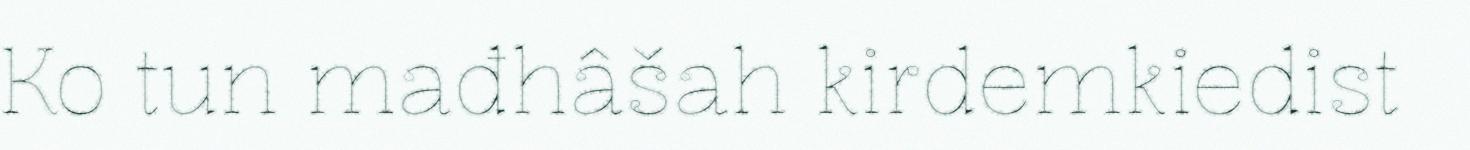
Ko tun mađhâšah kirdemkiedist